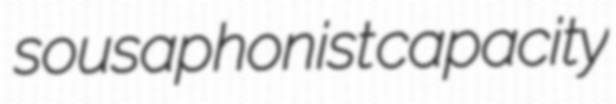
sousaphonist capacity